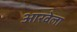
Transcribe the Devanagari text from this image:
आरवेला